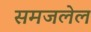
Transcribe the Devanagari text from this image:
समजलेल